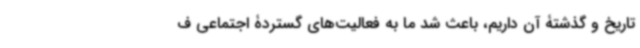
تاریخ و گذشتۀ آن داریم، باعث شد ما به فعالیت‌های گستردۀ اجتماعی ف